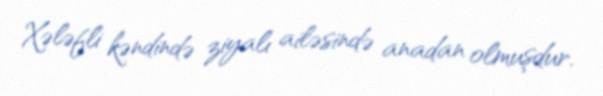
Xələfli kəndində ziyalı ailəsində anadan olmuşdur.